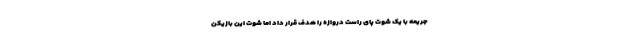
جریمه با یک شوت پای راست دروازه را هدف قرار داد اما شوت این بازیکن